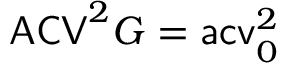
\mathsf { A C V } ^ { 2 } G = \mathsf { a c v } _ { 0 } ^ { 2 }